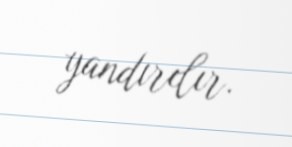
yandırılır.